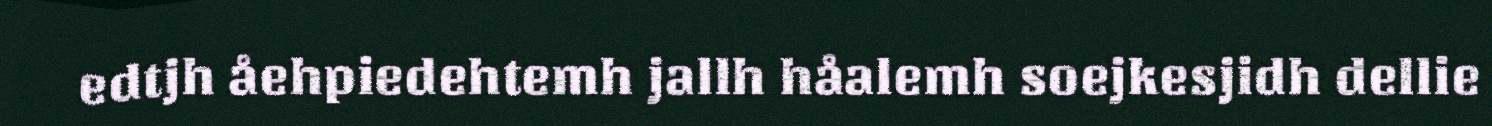
edtjh åehpiedehtemh jallh håalemh soejkesjidh dellie